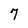
Character: 7